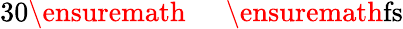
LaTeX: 30\ensuremath{\mathrm{~\textrm~{~\, ~}~}}\ensuremath{\mathrm{fs}}